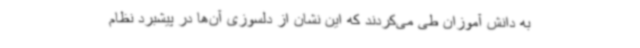
به دانش آموزان طی می‌کردند که این نشان از دلسوزی آن‌ها در پیشبرد نظام